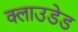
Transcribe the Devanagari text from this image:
क्लाउडेड